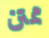
ممتن